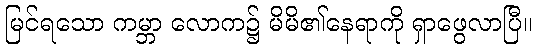
မြင်ရသော ကမ္ဘာ လောက၌ မိမိ၏နေရာကို ရှာဖွေလာပြီ။